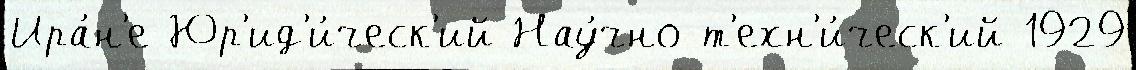
Ира́н'е Юр'ид'и́ческ'ий Нау́чно-т'ехн'и́ческ'ий 1929